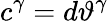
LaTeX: c^{\gamma}=d\vartheta^{\gamma}